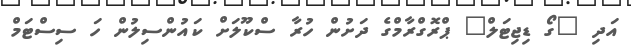
އަދި "ގޯ ޑިޖިޓަލް" ޕްރޮގްރާމްގެ ދަށުން ހުރާ ސްކޫލަށް ކައުންސިލުން ހަ ސިސްޓަމް